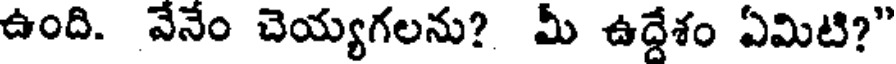
ఉంది. వేనేం చెయ్యగలను? మీ ఉద్దేశం ఏమిటి?"